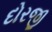
દોરજી